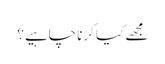
مجھے کیا کرناچاہیے؟